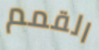
القمم